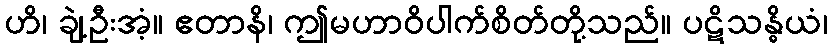
ဟိ၊ ချဲ့ဦးအံ့။ ဧတာနိ၊ ဤမဟာဝိပါက်စိတ်တို့သည်။ ပဋိသန္ဓိယံ၊